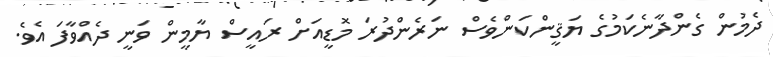
ދެމުން ގެންދާނެކަމުގެ ޔަޤީންކަންވެސް ނަރެންދުރަ މޮޑީއަށް ރައީސް ޔާމީން ވަނީ ދެއްވާފަ އެވެ.